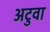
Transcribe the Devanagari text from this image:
अटुवा